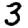
Digit: 3